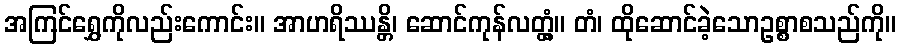
အကြင်ရွှေကိုလည်းကောင်း။ အာဟရိဿန္တိ၊ ဆောင်ကုန်လတ္တံ့။ တံ၊ ထိုဆောင်ခဲ့သောဥစ္စာစသည်ကို။